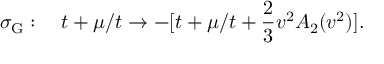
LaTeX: \sigma _ { \mathrm G } : \quad t + \mu / t \to - [ t + \mu / t + \frac { 2 } { 3 } v ^ { 2 } A _ { 2 } ( v ^ { 2 } ) ] .